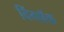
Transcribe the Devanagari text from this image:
विंगबॅक